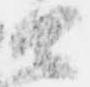
由